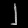
Digit: ၂